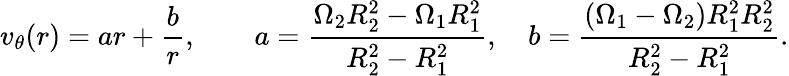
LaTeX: v_{\theta}(r)=ar+{\frac{b}{r}},\qquad a={\frac{\Omega_{2}R_{2}^{2}-\Omega_{1}R_{1}^{2}}{R_{2}^{2}-R_{1}^{2}}},\quad b={\frac{(\Omega_{1}-\Omega_{2})R_{1}^{2}R_{2}^{2}}{R_{2}^{2}-R_{1}^{2}}}.